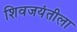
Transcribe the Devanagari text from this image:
शिवजयंतीला